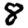
Digit: 8